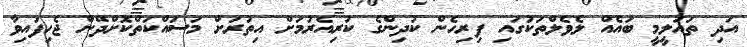
އަދި ތައުލީމީ ބައެއް ލެވެލްތަކުގައި ފިރިހެން ކުދިންގެ ކުރިއެރުމަށް އިތުރަށް މަސައްކަތްކޮށްދޭން ޖެހިފައިވާ